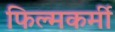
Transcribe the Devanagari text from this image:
फिल्मकर्मी